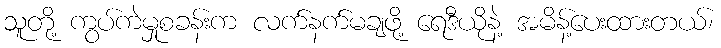
သူတို့ ကွပ်ကဲမှုစခန်းက လက်နက်မချဖို့ ရေဒီယိုနဲ့ အမိန့်ပေးထားတယ်၊